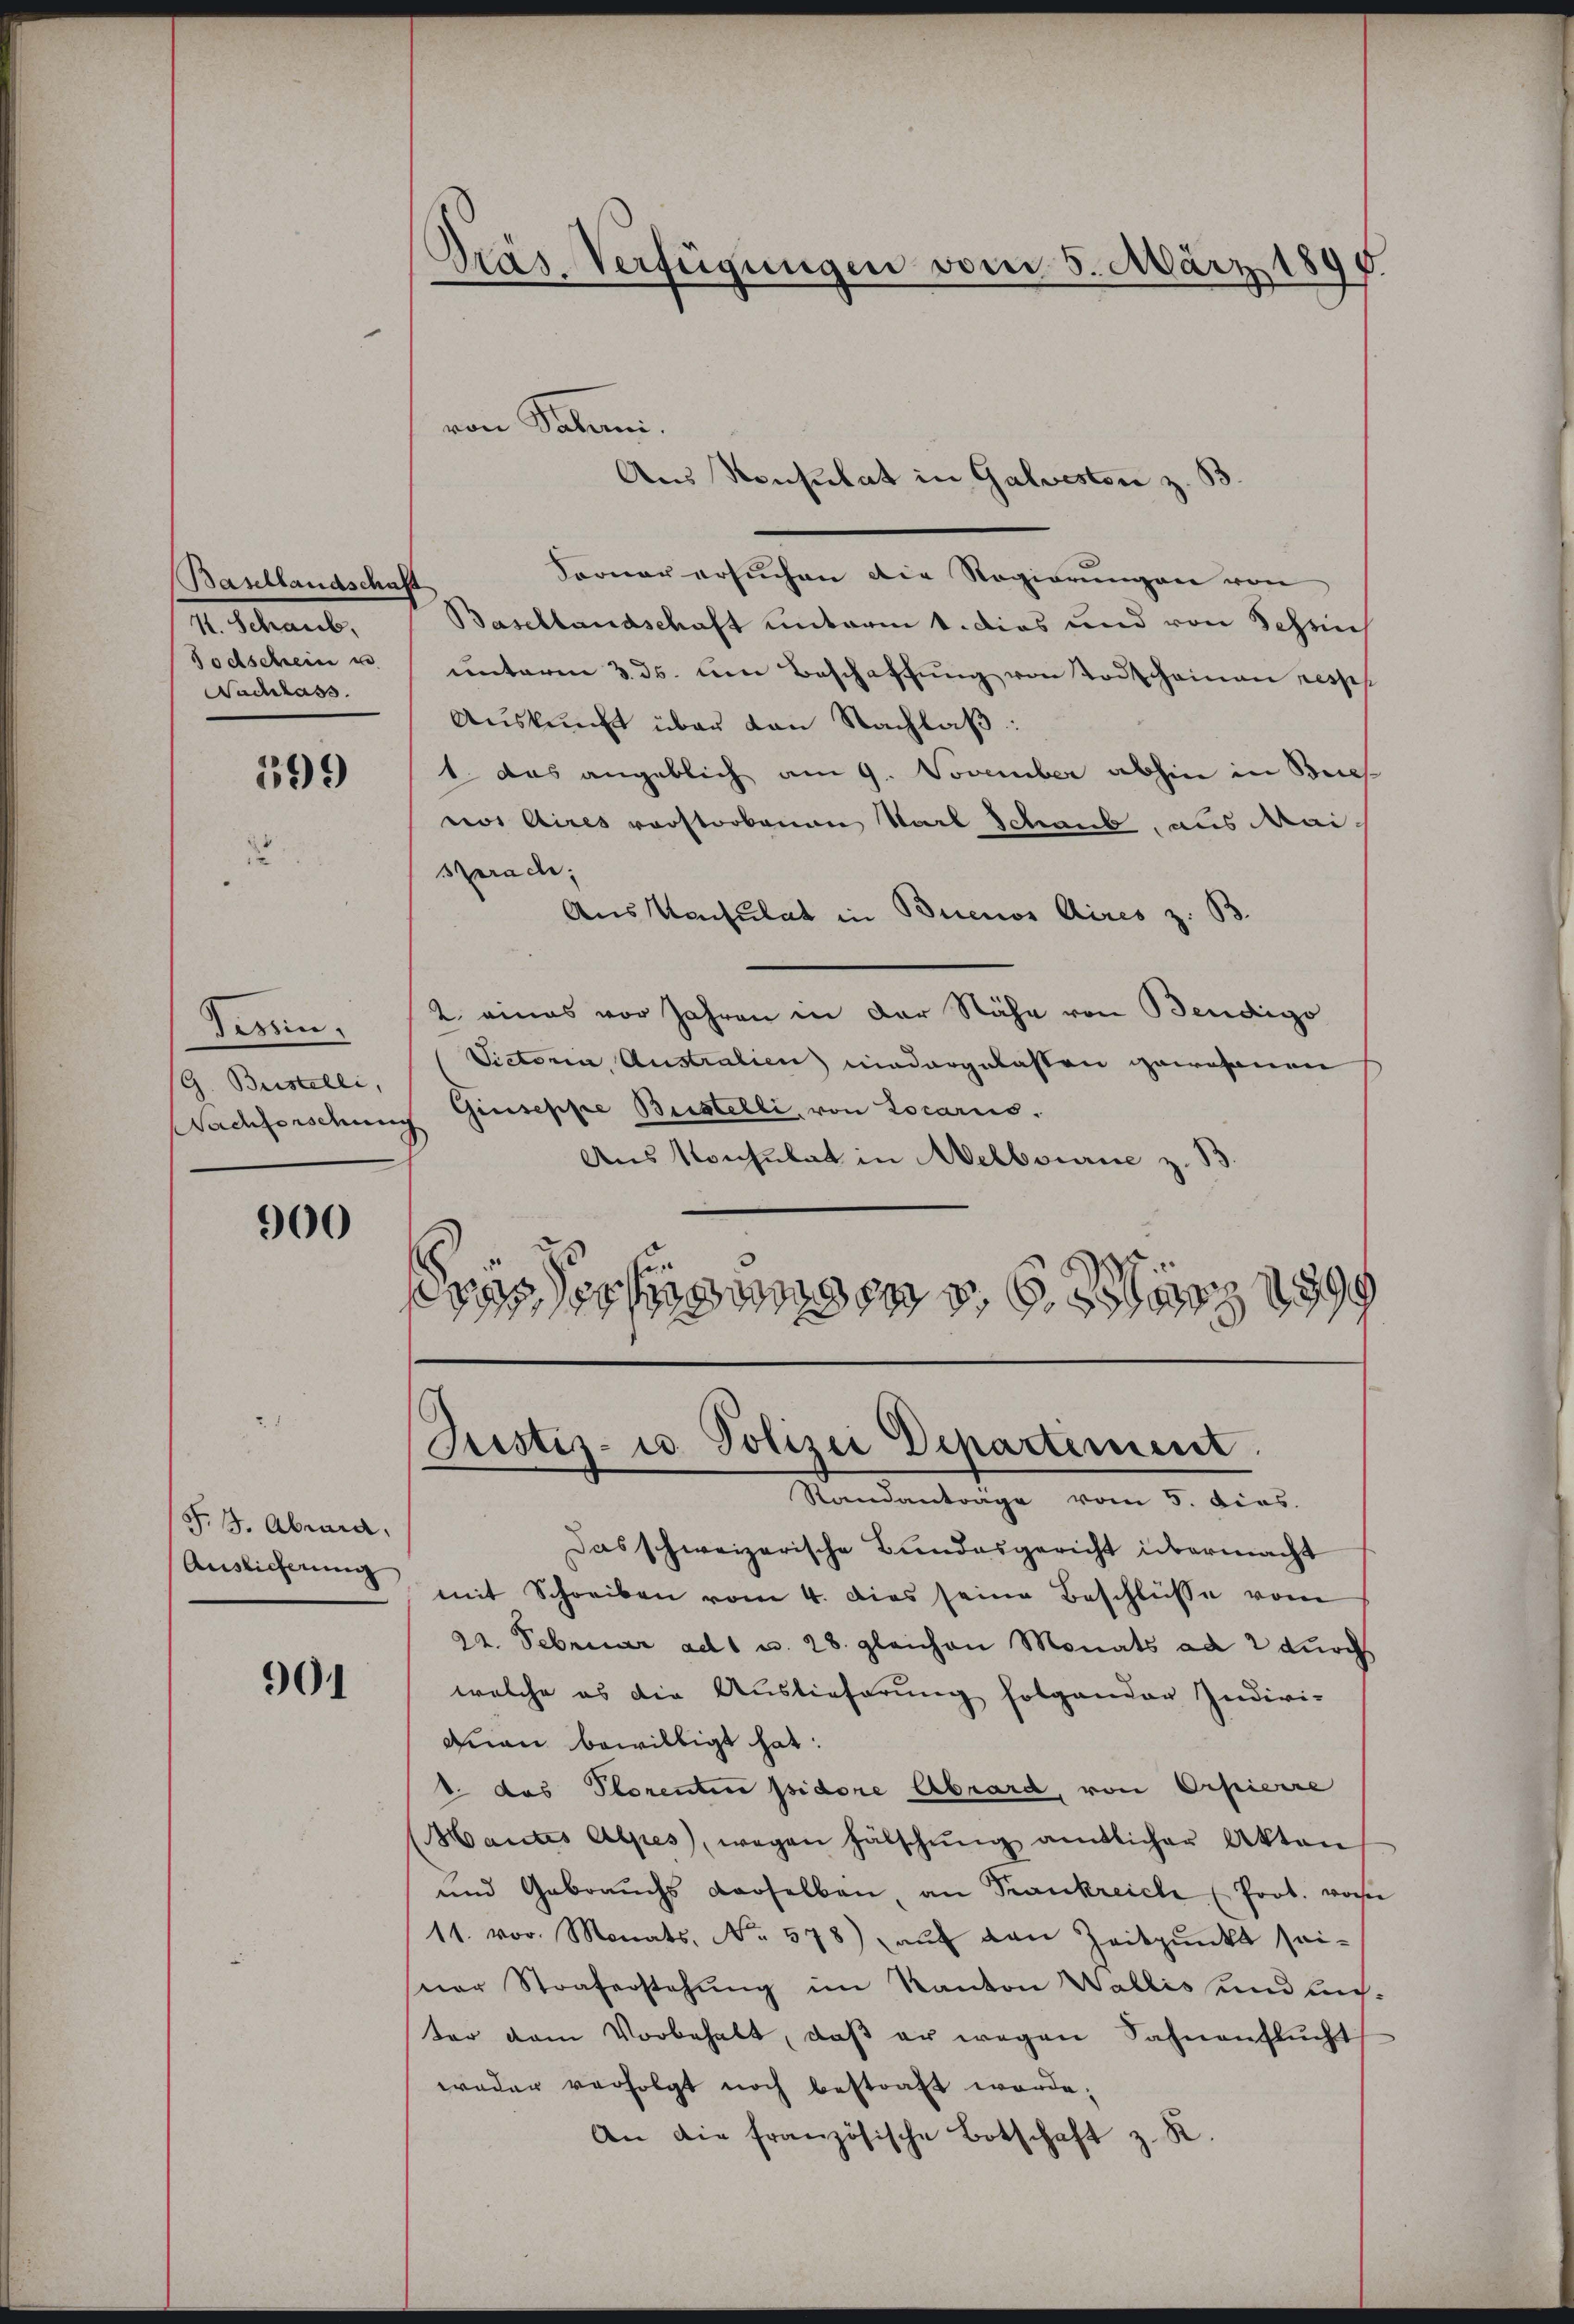
Basellandschaft
Mart.
Todschein u
Nachlass

399

Tessin.
G. Bestelli,

900

F. J. Abenia,
Auslieferung

901

Präs. Verfügungen vom 5. März 1890.

Ferner ersŭchen die Regierŭngen von
Basellandschaft unterm 1. dies und von Schens
unterm 3. ds. um Beschaffŭng von Todschainen resp
Auskunft über von Nachlaß:
1 das angeblich am 9. November abhin in Bres
nos Aires vorstorbenen Karl Schaub aus Mai-
Sprach,
Aus Konsulat in Buenos Aires z. B.
2. eines vor Jahren in der Nähe von Bendigo
Victoria, Australien niedergelassen gewesenen
Nachforschung Giuseppe Bestelli, von Locarius.
Aus Konsulat in Melbourie z. B.
ässerungen der 19

von Sabani.

Aus Konsulat in Galvesten z. B

Justiz- u. Polizei Departement.
Standantrage vom 5. dies

Das schweizerische Bundesgericht übermacht
mit Schreiben vom 4. dies seine Beschlüsse vom
22. Februar ad 1 u. 28. gleichen Monats ad 2 durch
welche es die Auslieferung folgender Indivi-
man bewilligt hat.
1. das Plorenten psidore Abrard, von Orpierre
Mantes Alpes, wegen Fälschŭng amtlicher Akten
und Gebrauchs derselben, an Frankreiche Prot. von
11. vor. Monats No. 578) aŭf den Zeitpunkt sei-
ner Straferstehung im Kanton Wallis und unter dem Vorbehalt, daβ er wegen Sahnenflŭcht
weder verfolgt noch bestraft werde;
An die französische Botschaft z. R.